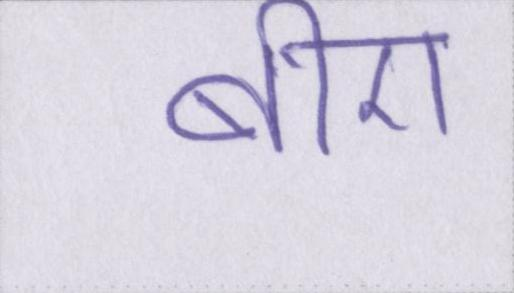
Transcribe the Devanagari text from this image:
बीए